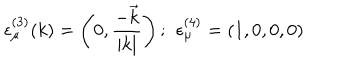
\epsilon _ { \mu } ^ { ( 3 ) } ( k ) = \left( 0 , \frac { - \vec { k } } { | k | } \right) ; \ \, \epsilon _ { \mu } ^ { ( 4 ) } = ( 1 , 0 , 0 , 0 )